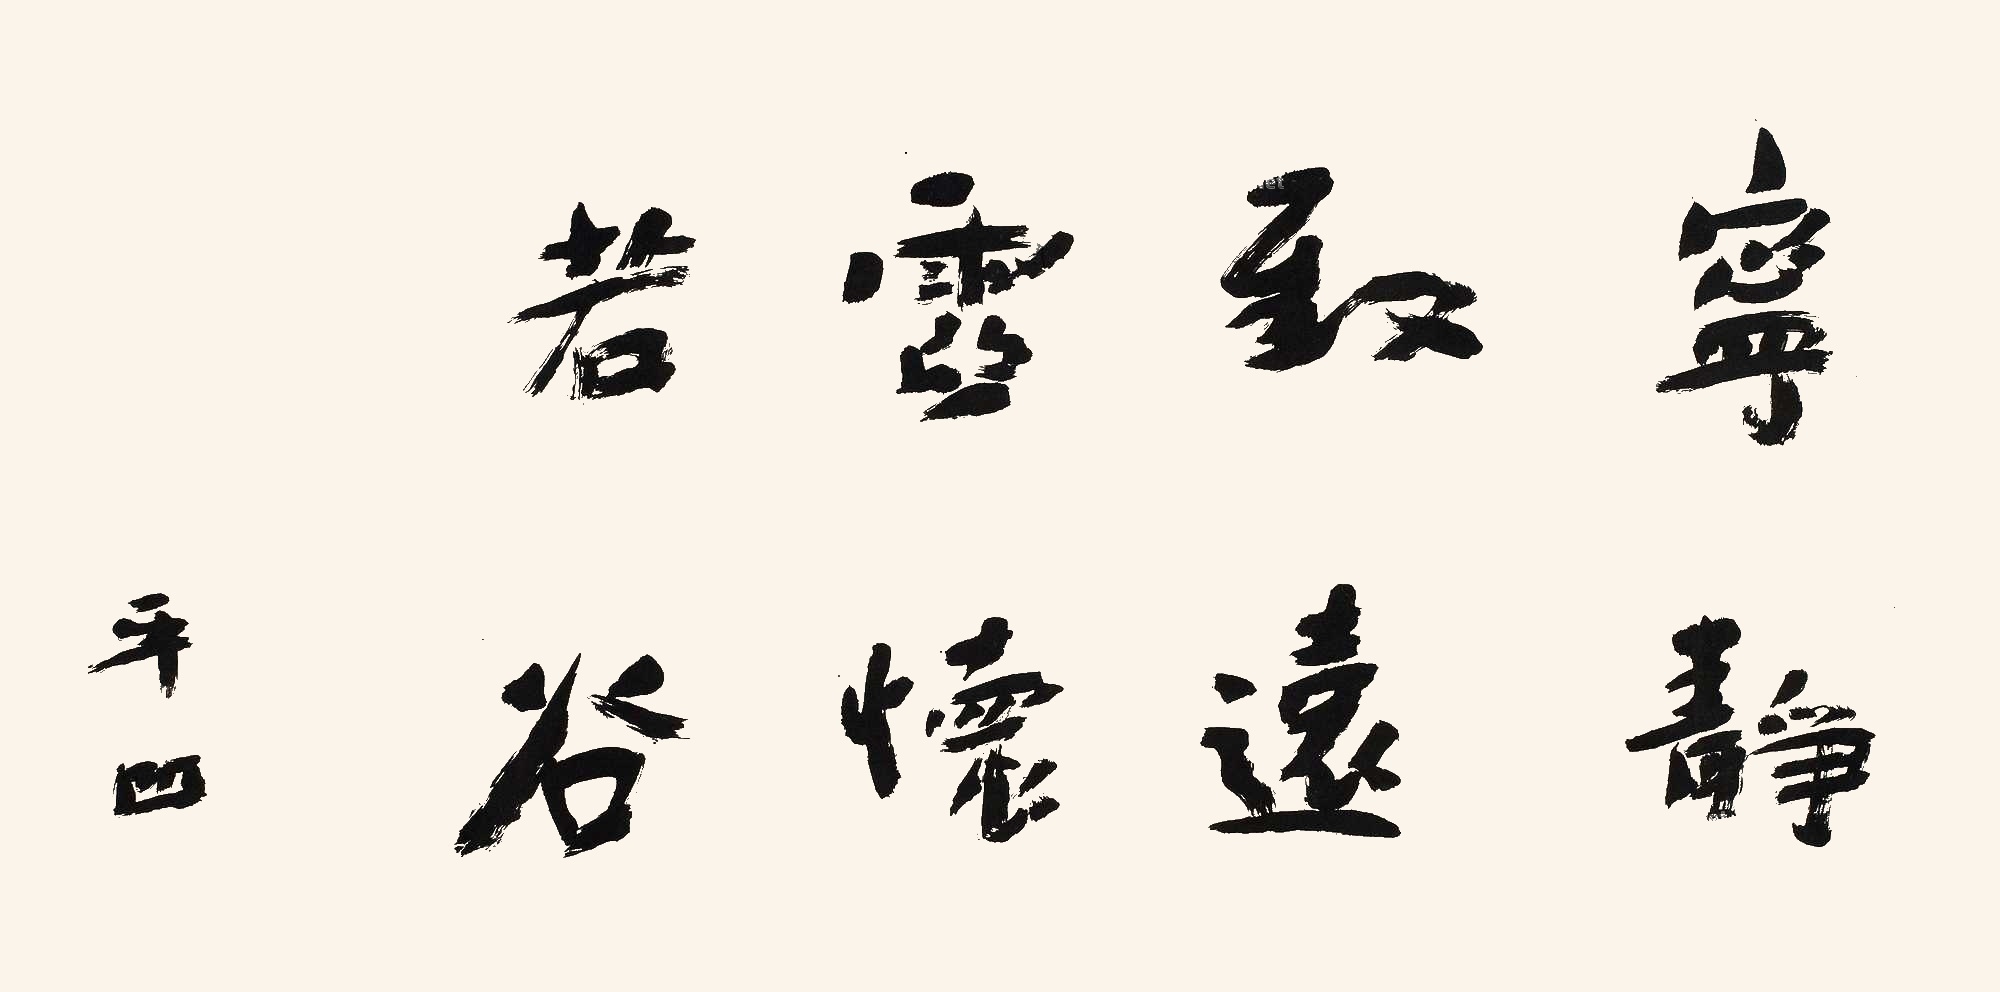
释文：宁静致远，虚怀若谷。平凹。